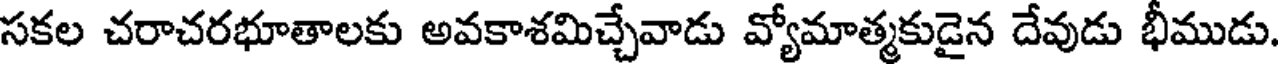
సకల చరాచరభూతాలకు అవకాశమిచ్చేవాడు వ్యోమాత్మకుడైన దేవుడు భీముడు.